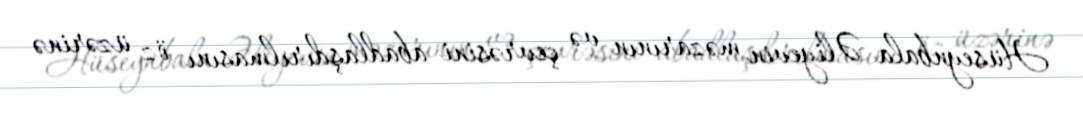
Hüseynbala Əliyevin məzarının və çevrəsini abadlaşdırılmasını öz üzərinə